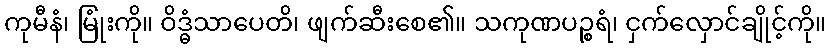
ကုမီနံ၊ မြုံးကို။ ဝိဒ္ဓံသာပေတိ၊ ဖျက်ဆီးစေ၏။ သကုဏပဉ္စရံ၊ ငှက်လှောင်ချိုင့်ကို။